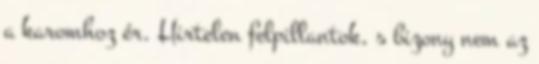
a karomhoz ér. Hirtelen felpillantok, s bizony nem az